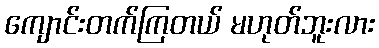
ကျောင်းတက်ကြတယ် မဟုတ်ဘူးလား